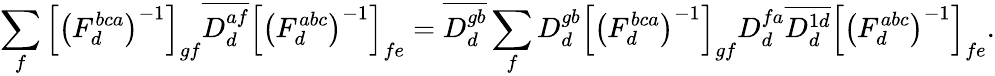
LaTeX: \sum_{f}\left[\left(F_{d}^{bca}\right)^{-1}\right]_{gf}\overline{{D_{d}^{af}}}\left[\left(F_{d}^{abc}\right)^{-1}\right]_{fe}=\overline{{D_{d}^{gb}}}\sum_{f}D_{d}^{gb}\left[\left(F_{d}^{bca}\right)^{-1}\right]_{gf}D_{d}^{fa}\overline{{D_{d}^{1d}}}\left[\left(F_{d}^{abc}\right)^{-1}\right]_{fe}.